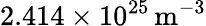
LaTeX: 2.414\times 10^{25}\, \mathrm{m^{-3}}